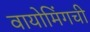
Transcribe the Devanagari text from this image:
वायोमिंगची